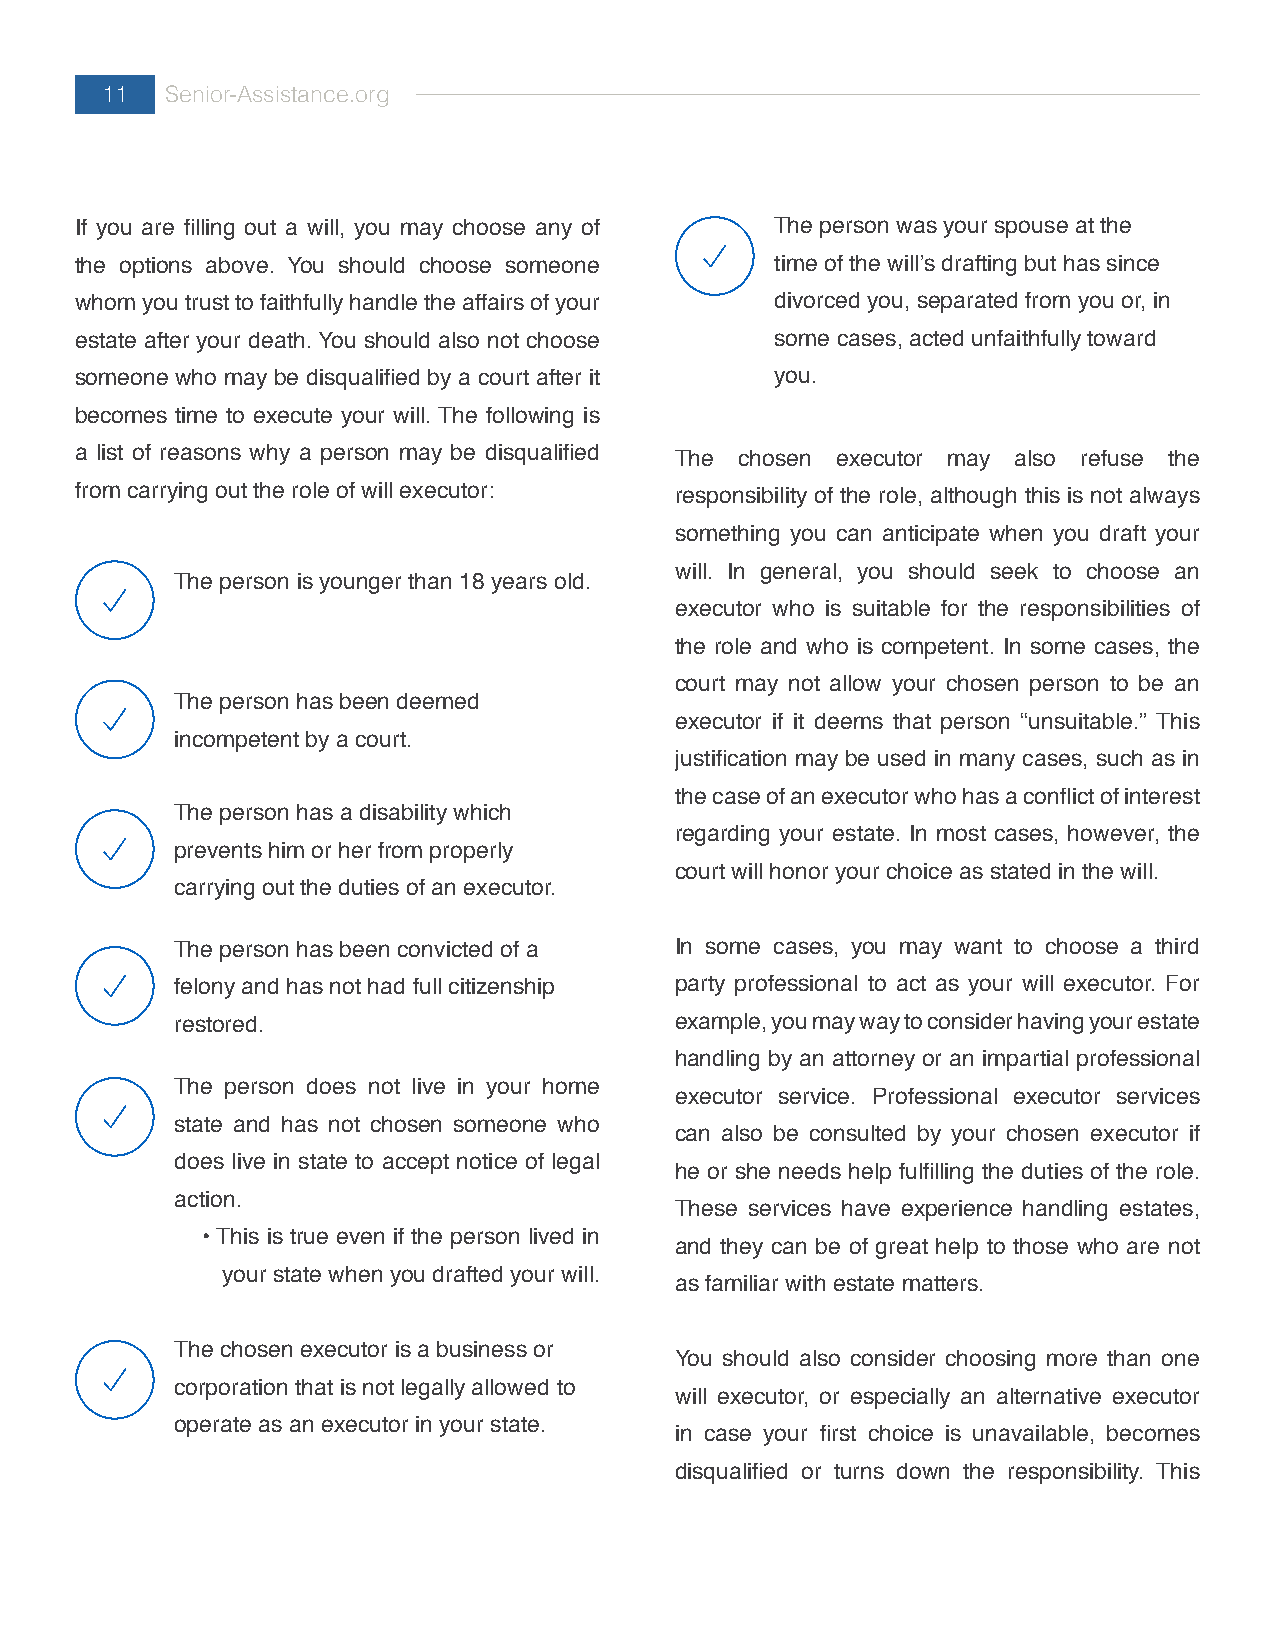
11  Senior-Assistance.org
 If you are filling out a will, you may choose any of The person was your spouse at the
 the options above. You should choose someone  time of the will’s drafting but has since
 whom you trust to faithfully handle the affairs of your divorced you, separated from you or, in
 estate after your death. You should also not choose some cases, acted unfaithfully toward
 someone who may be disqualified by a court after it you.
 becomes time to execute your will. The following is
 a list of reasons why a person may be disqualified The chosen executor may also refuse the
 from carrying out the role of will executor: responsibility of the role, although this is not always
 something you can anticipate when you draft your
 will. In general, you should seek to choose an
 The person is younger than 18 years old.
 executor who is suitable for the responsibilities of
 the role and who is competent. In some cases, the
 court may not allow your chosen person to be an
 The person has been deemed
 executor if it deems that person “unsuitable.” This
 incompetent by a court.
 justification may be used in many cases, such as in
 the case of an executor who has a conflict of interest
 The person has a disability which
 regarding your estate. In most cases, however, the
 prevents him or her from properly
 court will honor your choice as stated in the will.
 carrying out the duties of an executor.
 The person has been convicted of a In some cases, you may want to choose a third
 felony and has not had full citizenship party professional to act as your will executor. For
 restored.                        example, you may way to consider having your estate
 handling by an attorney or an impartial professional
 The person does not live in your home
 executor service. Professional executor services
 state and has not chosen someone who
 can also be consulted by your chosen executor if
 does live in state to accept notice of legal
 he or she needs help fulfilling the duties of the role.
 action.
 These services have experience handling estates,
 • This is true even if the person lived in
 and they can be of great help to those who are not
 your state when you drafted your will.
 as familiar with estate matters.
 The chosen executor is a business or
 You should also consider choosing more than one
 corporation that is not legally allowed to
 will executor, or especially an alternative executor
 operate as an executor in your state.
 in case your first choice is unavailable, becomes
 disqualified or turns down the responsibility. This